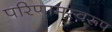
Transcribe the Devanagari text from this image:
परिणामस्वरूप